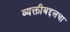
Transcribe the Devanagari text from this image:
व्यक्तीबद्दलचा